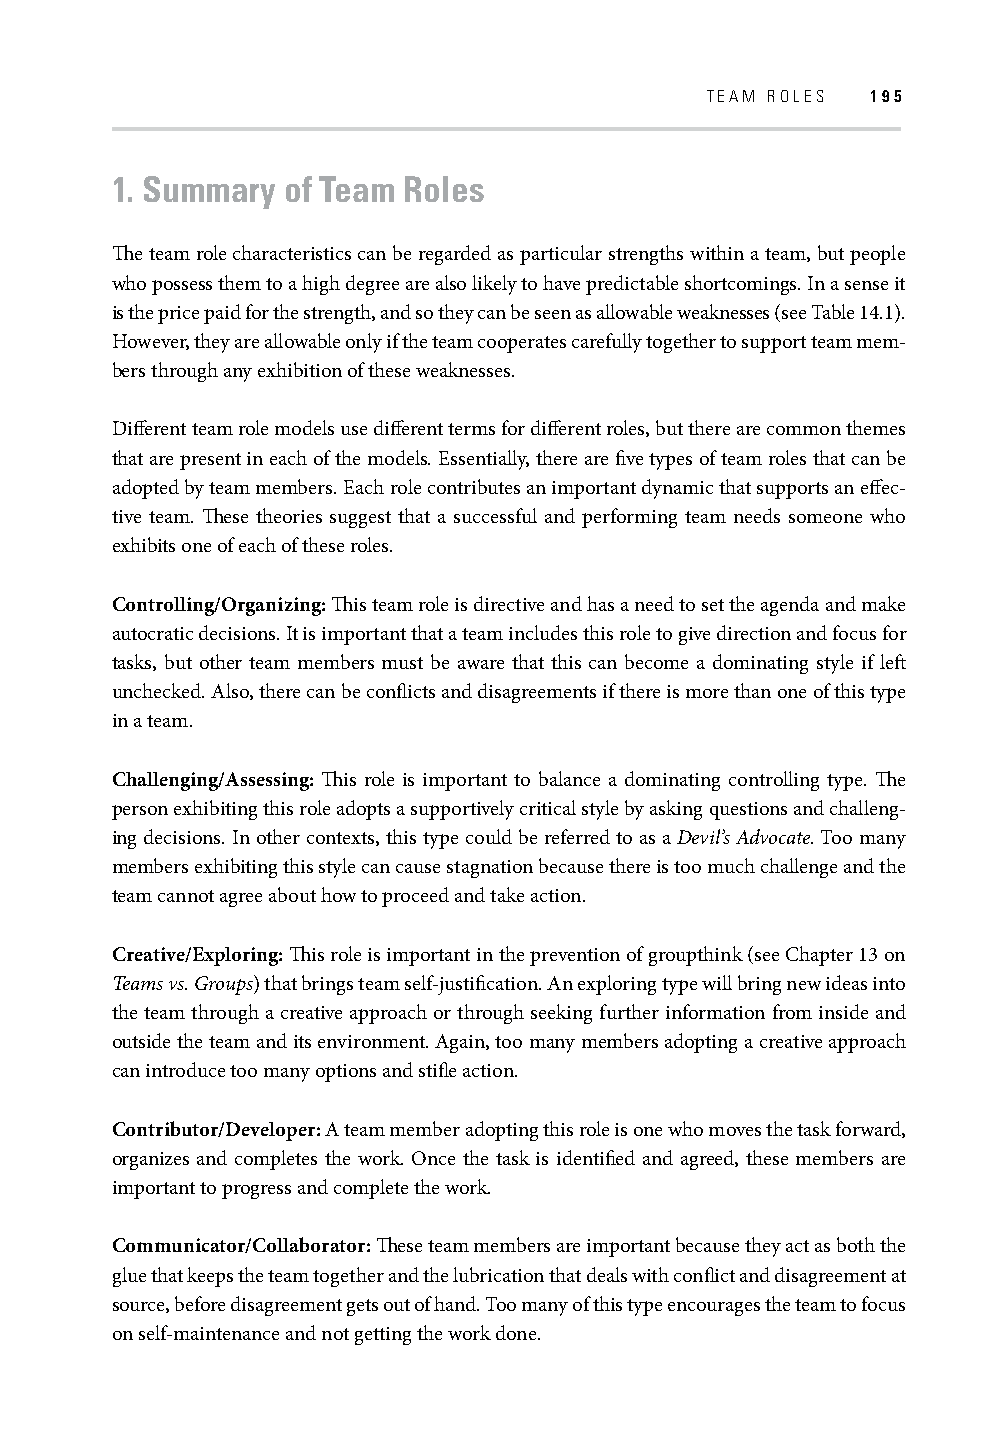
TEAM ROLES 195
 1. Summary  of Team Roles
 Th e team role characteristics can be regarded as particular strengths within a team, but people
 who possess them to a high degree are also likely to have predictable shortcomings. In a sense it
 is the price paid for the strength, and so they can be seen as allowable weaknesses (see Table 14.1).
 However, they are allowable only if the team cooperates carefully together to support team mem-
 bers through any exhibition of these weaknesses.
 Diff erent team role models use diff erent terms for diff erent roles, but there are common themes
 that are present in each of the models. Essentially, there are fi ve types of team roles that can be
 adopted by team members. Each role contributes an important dynamic that supports an eff ec-
 tive team. Th ese theories suggest that a successful and performing team needs someone who
 exhibits one of each of these roles.
 Controlling/Organizing: Th is team role is directive and has a need to set the agenda and make
 autocratic decisions. It is important that a team includes this role to give direction and focus for
 tasks, but other team members must be aware that this can become a dominating style if left
 unchecked. Also, there can be confl icts and disagreements if there is more than one of this type
 in a team.
 Challenging/Assessing: Th is role is important to balance a dominating controlling type. Th e
 person exhibiting this role adopts a supportively critical style by asking questions and challeng-
 ing decisions. In other contexts, this type could be referred to as a Devil’s Advocate. Too many
 members exhibiting this style can cause stagnation because there is too much challenge and the
 team cannot agree about how to proceed and take action.
 Creative/Exploring: Th is role is important in the prevention of groupthink (see Chapter 13 on
 Teams vs. Groups) that brings team self-justifi cation. An exploring type will bring new ideas into
 the team through a creative approach or through seeking further information from inside and
 outside the team and its environment. Again, too many members adopting a creative approach
 can introduce too many options and stifl e action.
 Contributor/Developer: A team member adopting this role is one who moves the task forward,
 organizes and completes the work. Once the task is identifi ed and agreed, these members are
 important to progress and complete the work.
 Communicator/Collaborator: Th ese team members are important because they act as both the
 glue that keeps the team together and the lubrication that deals with confl ict and disagreement at
 source, before disagreement gets out of hand. Too many of this type encourages the team to focus
 on self-maintenance and not getting the work done.